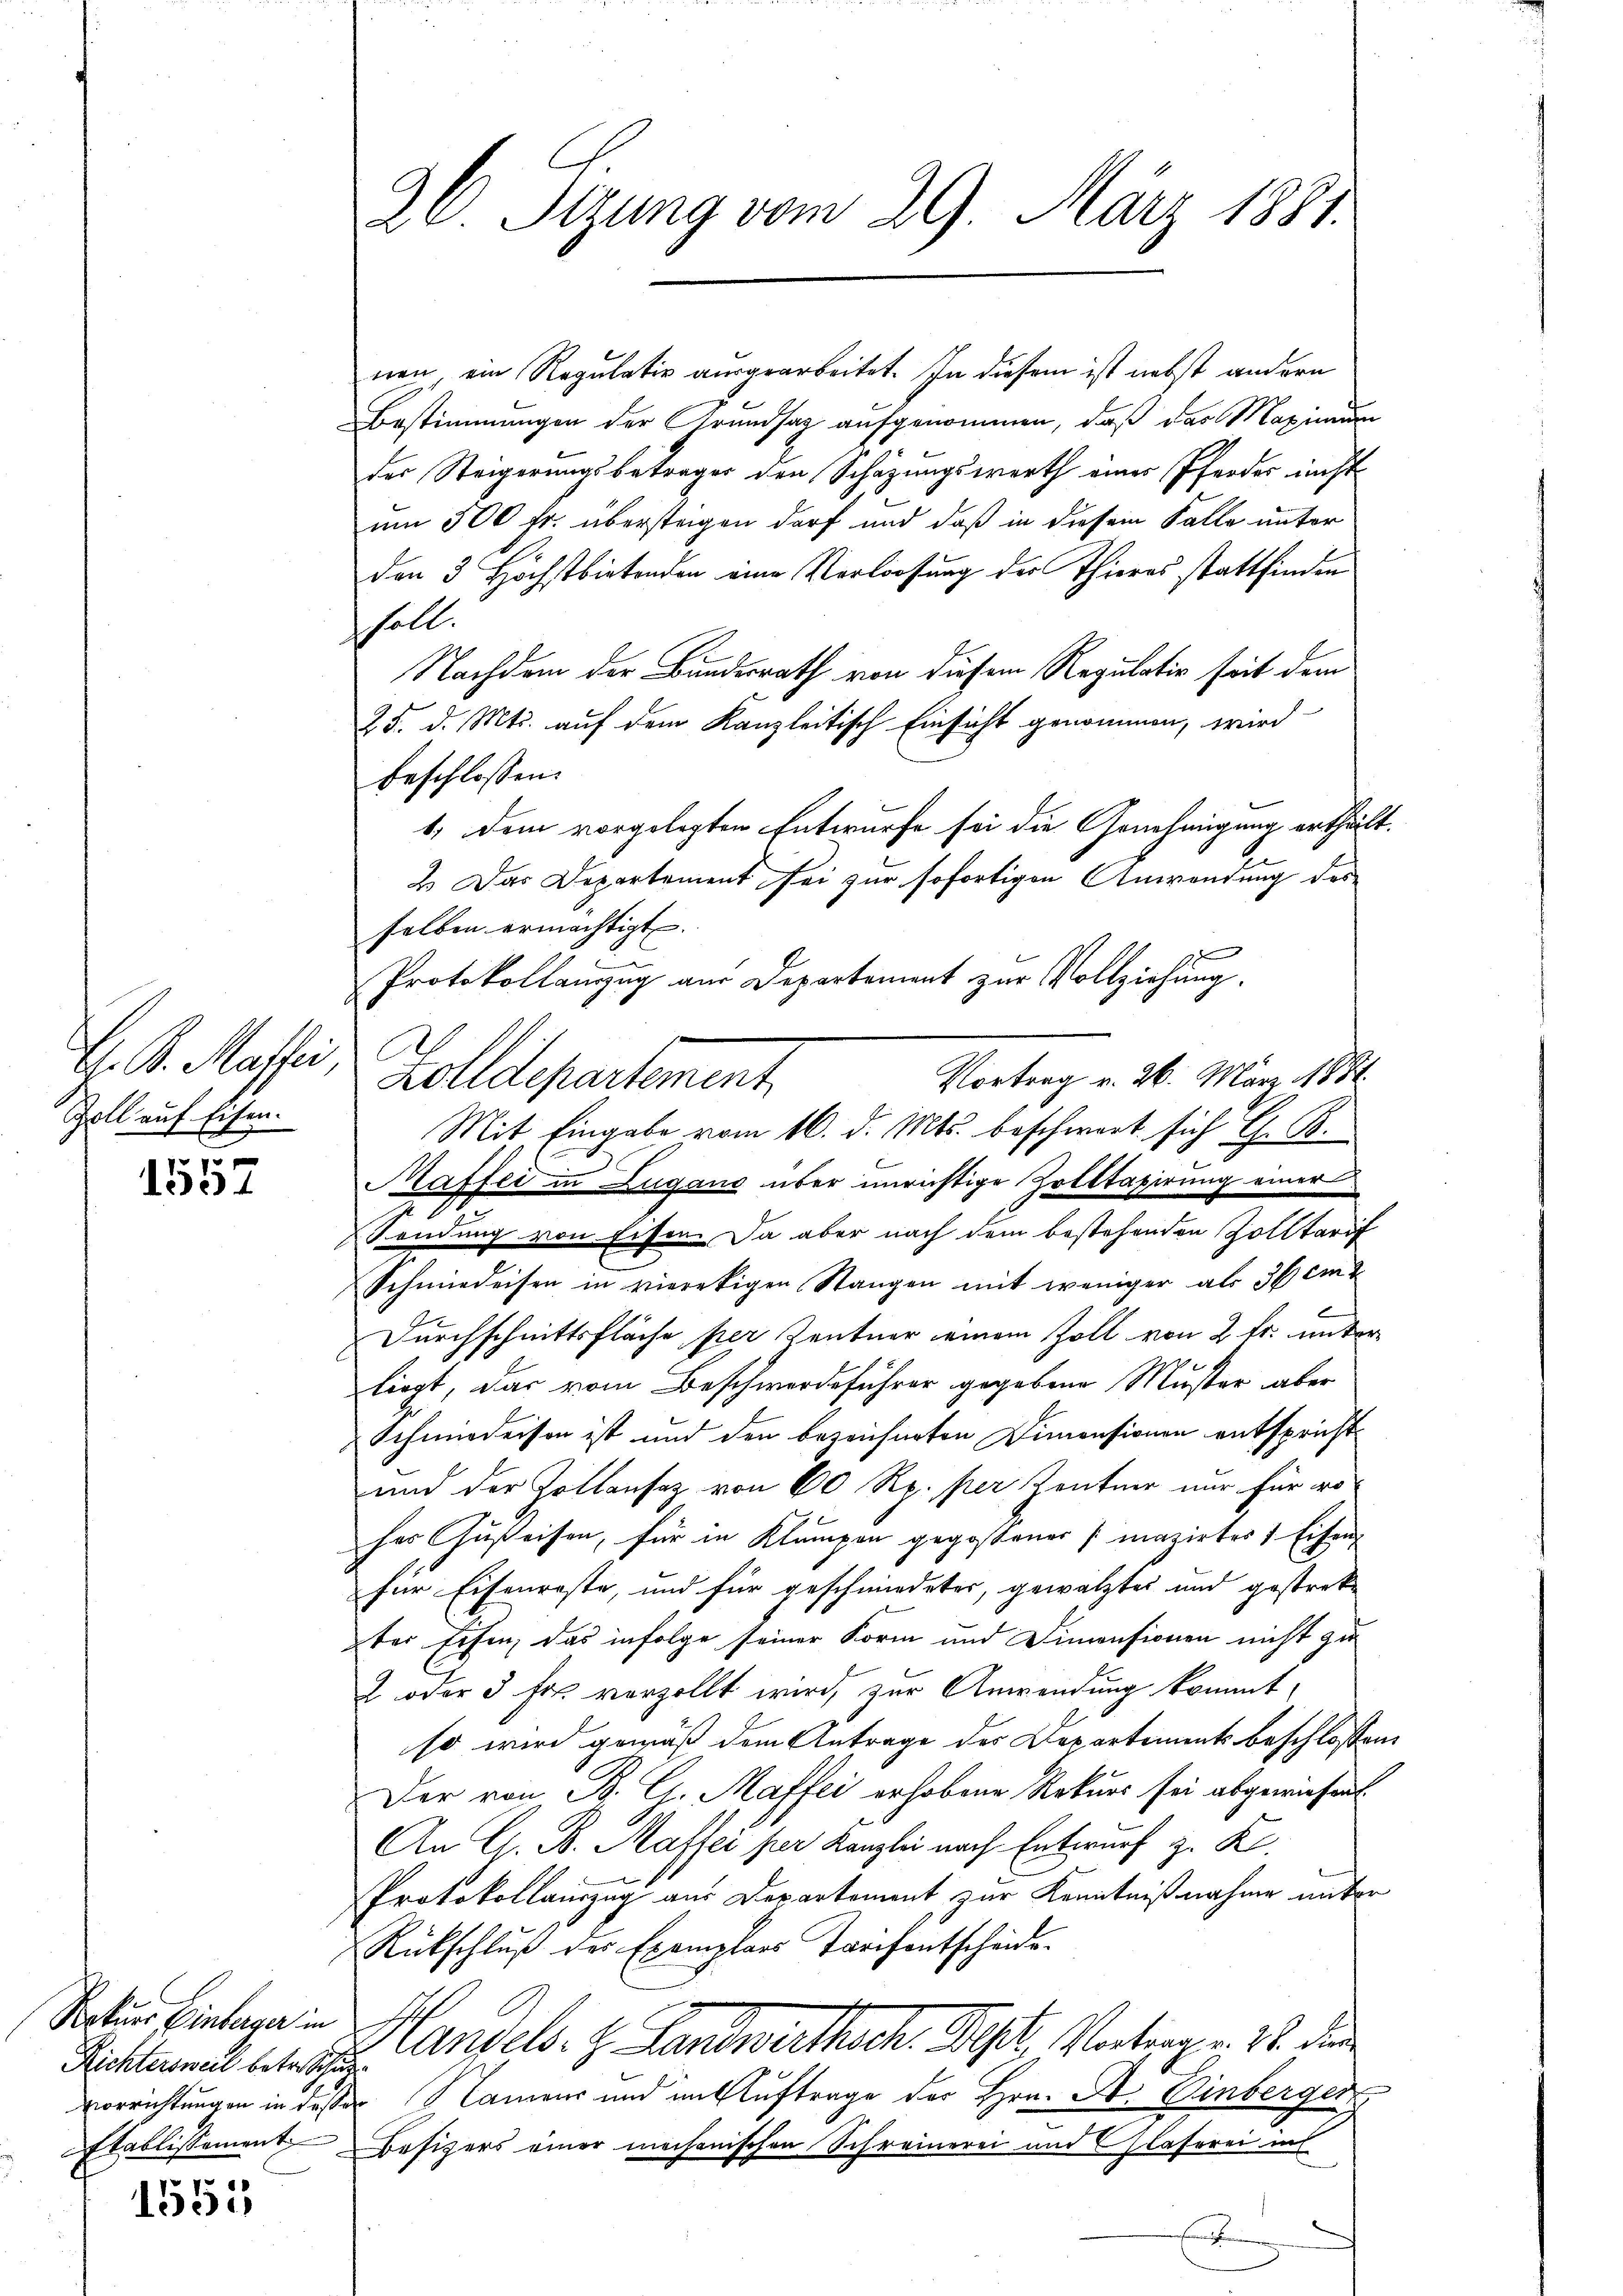
H. K. Masser a
Zoll auf Eisen.

pr
1357

Soptier Einberger in
Richtersweil betreffe

1551

26. Sizung vom 29. März 1881.

nen, ein Regulativ ausgearbeitet. In diesem ist nebst andern
Bestimmungen der Grundsaz aufgenommen, daß das Maximu
der Steigerungsbetrages den Schazungswerth einer Pferder nicht
um 500 Fr. übersteigen darf und daß in diesem Falle unter
den 3 Höchstbietenden eine Verloosung der Thieros stattfinden
soll.
Nachdem der Bundesrath von diesem Regulativ seit dem
25. d. Mts. auf dem Kanzleitisch Einsicht genommen, wird
beschlossen:
1.) Dem vorgelegten Entwurfe sei die Genehmigung ertheilt.
2.) Das Departement sei zur sofortigen Anwendung des
selben ermächtigt.
Protokollauszug aus Departement zur Vollziehung.
Zolldepartement.
Mit Eingabe vom 16. d. Mts. beschwart sich G. B.
Maffer in Zugano über unrichtige Zolltagierung einer
Sendung von Eisen. Da aber nach dem bestehenden Zolltarif
Schmiedeisen in vierekigen Stangen mit weniger als 36 cm
Durchschnittsfläche per Zentner einem Zoll von 2 fr. unterliegt, das vom Beschwerdeführer gegebene Muster aber
Schmiedersen ist und den bezeichneten Dimensionen entspricht
und der Zollansaz von 60 Rp. per Zentner nur für wo
her Zusteifen, für in Klumpen gegossener (mazirter 1 Eisen
für Eisenreste, und für geschmiedeter, gewälztes und gestreke
ter Eisen, das infolge seiner Form und Dimensionen nicht zu
2 oder 3 Fr. vorzollt wird, zur Anwendung kommt,
so wird gemäß dem Antrage des Departements beschlossen
Der von B. G. Maffei erhobene Rekurs sei abgewiesen
An G. B. Maffer per Kanzlei nach Entwurf z. K.
Protokollauszug aus Departement zur Kenntnißnahme unter
Rückschluß der Exemplars Tarifentscheide
Handels. z. Landwirthschr. St. Vertrage. 18. die
vorrichtungen in desser Namens und im Auftrage der Hrn. B. Einberger
Etablissement Besizers einer mechanischen Schreinerei und Glaserei ins
.

Vortrag v. 26. März 1881.